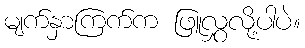
မျက်နှာကြက်က ဖြူလွှလို့ပါပဲ။